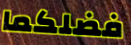
فضلكما